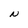
Character: N